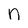
Character: n